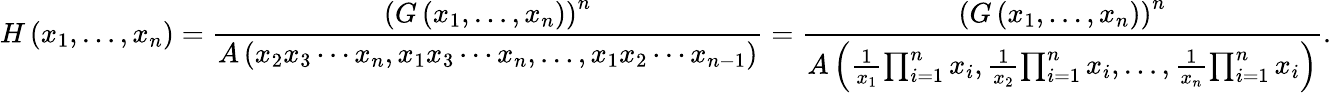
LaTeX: H\left(x_{1},\ldots,x_{n}\right)={\frac{\left(G\left(x_{1},\ldots,x_{n}\right)\right)^{n}}{A\left(x_{2}x_{3}\cdots x_{n},x_{1}x_{3}\cdots x_{n},\ldots,x_{1}x_{2}\cdots x_{n-1}\right)}}={\frac{\left(G\left(x_{1},\ldots,x_{n}\right)\right)^{n}}{A\left({\frac{1}{x_{1}}}{\prod_{i=1}^{n}x_{i}},{\frac{1}{x_{2}}}{\prod_{i=1}^{n}x_{i}},\ldots,{\frac{1}{x_{n}}}{\prod_{i=1}^{n}x_{i}}\right)}}.